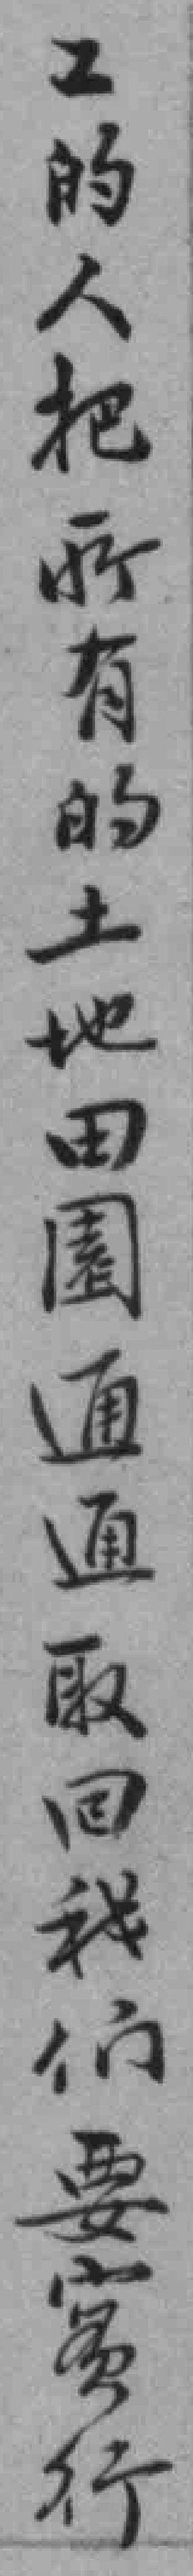
工的人把所有的土地田園通通取回我们要實行